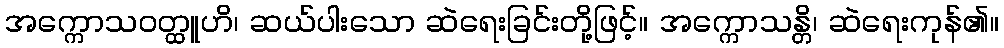
အက္ကောသဝတ္ထူဟိ၊ ဆယ်ပါးသော ဆဲရေးခြင်းတို့ဖြင့်။ အက္ကောသန္တိ၊ ဆဲရေးကုန်၏။